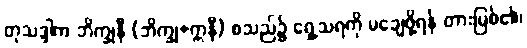
တုသဒ္ဒါက ဘိက္ခုနီ (ဘိက္ခု+ဣနီ) စသည်၌ ရှေ့သရကို မချေဖို့ရန် တားမြစ်၏၊